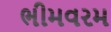
ભીમવરમ